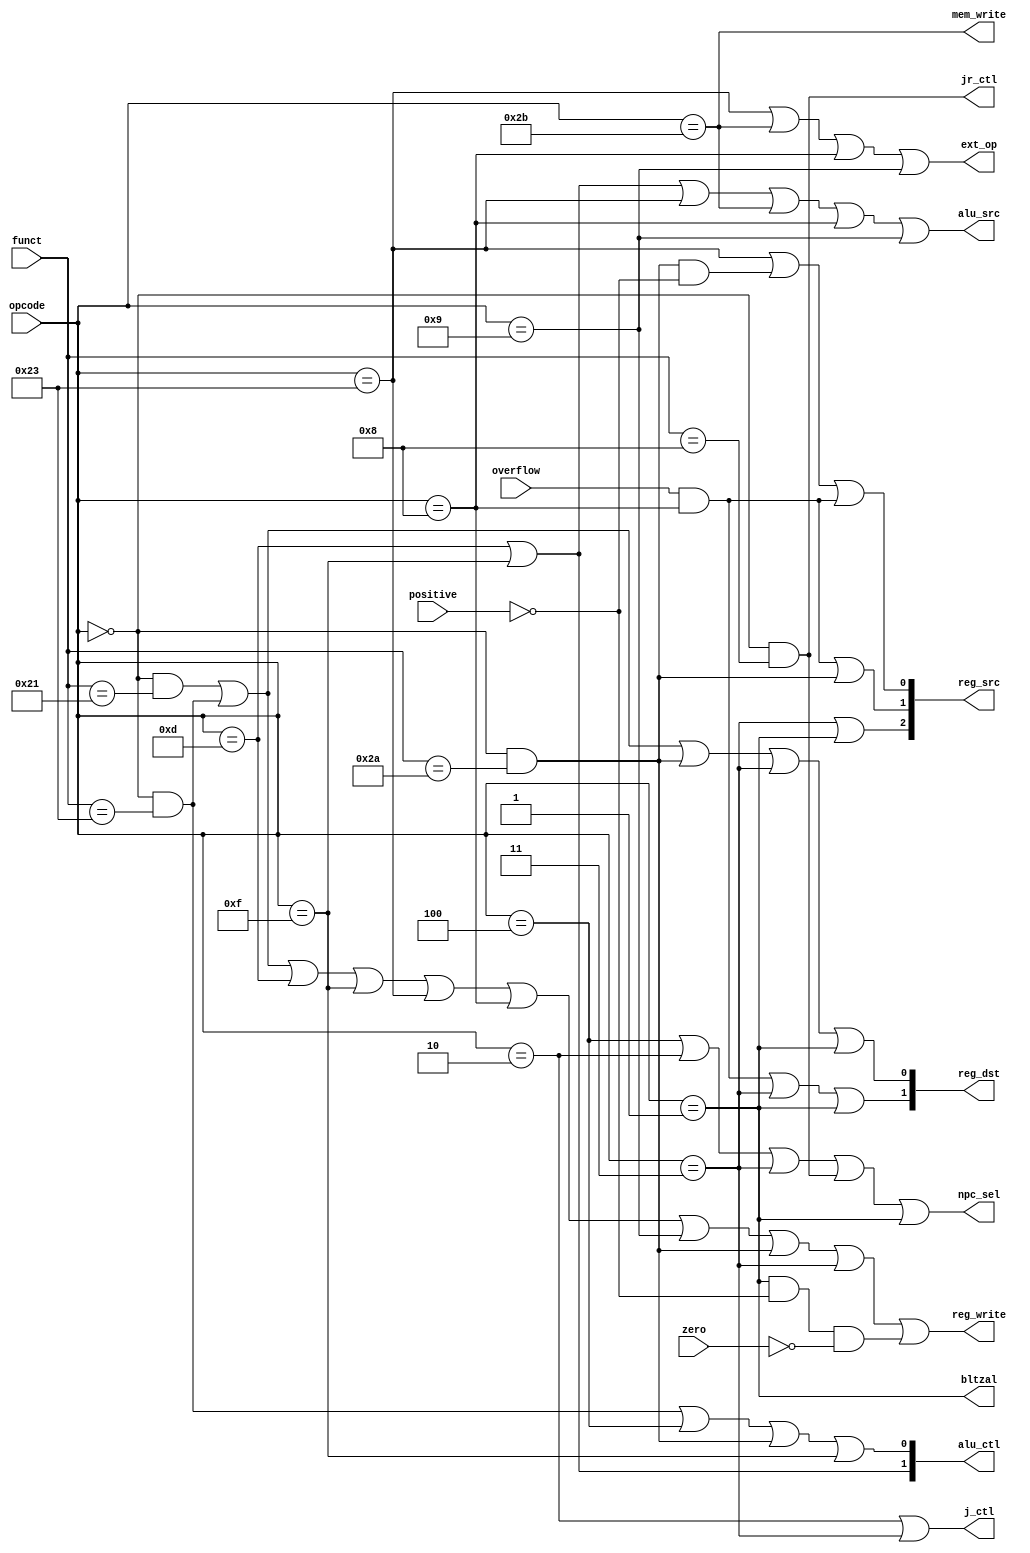
module controller (
    input [5:0] opcode,
    input [5:0] funct,
    input overflow, positive, zero,
    
    output [1:0] alu_ctl,
    output ext_op,
    output [2:0] reg_src,
    output npc_sel,
    output mem_write,
    output reg_write,
    output alu_src,
    output [1:0] reg_dst,
    output j_ctl,
    output jr_ctl,
    output bltzal
);

    wire overflow;

    wire r_type, addu, subu, ori, lw, sw, beq, lui, j;
    wire addi, addiu, slt, jal, jr;
    wire w_add, w_sub, w_or, w_lui; // alu_ctl
    wire w_overflow_ctl;

    assign r_type = (opcode == 6'b000000);
    assign addu = r_type && (funct == 6'b100001);
    assign subu = r_type && (funct == 6'b100011);
    assign slt = r_type && (funct == 6'b101010);
    assign jr = r_type && (funct == 6'b001000);
    
    assign ori = (opcode == 6'b001101);
    assign beq = (opcode == 6'b000100);
    assign j = (opcode == 6'b000010);
    assign lw = (opcode == 6'b100011);
    assign sw = (opcode == 6'b101011);
    assign lui = (opcode == 6'b001111);

    assign addi = (opcode == 6'b001000);
    assign addiu = (opcode == 6'b001001);
    assign jal = (opcode == 6'b000011);

    assign bltzal = (opcode == 6'b000001);

    // alu_ctl : 2'b00 = addu, 2'b01 = subu, 2'b10 = or, 2'b11 = lui
    assign w_add = addu || lw || sw || addi || addiu || jal || jr;
    assign w_sub = subu || beq || slt;
    assign w_or = ori;
    assign w_lui = lui;
    assign w_overflow_ctl = addi;

    assign alu_ctl[0] = w_sub || w_lui;
    assign alu_ctl[1] = w_or || w_lui; // 00 = addu, 01 = subu, 10 = or, 11 = lui
    assign ext_op = lw || sw || addi || addiu;
    assign reg_src[0] = lw || slt && !positive || overflow && w_overflow_ctl;
    assign reg_src[1] = overflow && w_overflow_ctl || slt;
    assign reg_src[2] = jal || bltzal; // 000 = alu, 001 = mem, 010 = 0, 011 = 1, 100 = pc
    assign npc_sel = beq || j || jal || jr || bltzal;
    assign mem_write = sw;
    assign reg_write = addu || subu || ori || lui || lw || addi || addiu || slt || jal || bltzal && !positive && !zero;
    assign alu_src = ori || lui || lw || sw || addi || addiu;
    assign reg_dst[0] = addu || subu || slt || jal || bltzal; 
    assign reg_dst[1] = overflow && w_overflow_ctl || jal || bltzal; // 00 = rt, 01 = rd, 10 = 30, 11 = 31
    assign j_ctl = j || jal;
    assign jr_ctl = jr;


endmodule